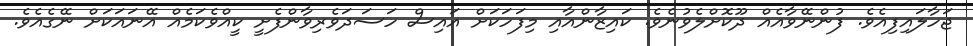
ޖަހާލައިފިއެވެ. ފުންނޭވާއެއް ދޫކޮށްލެވުނެވެ. ކައިޒާންއާއި މިފަހަކަށް އައިސް ހަސަދަވެރިވާންފެށީ ކީއްވެކަމެއް އޭނައަކަށް ނޭގެއެވެ.